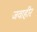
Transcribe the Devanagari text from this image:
जवाहीर